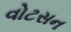
વોટસન